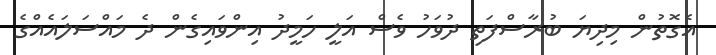
އެގޮތުން މިދިޔަ ބުރާސްފަތި ދުވަހު ވެސް އަލީ ހަމީދު އިންވައިގެން ދެ މައްސަލައެއްގެ